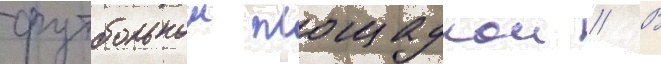
футбольнои площадкои // В